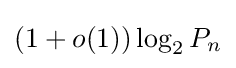
(1+o(1))\log _{2}P_{n}